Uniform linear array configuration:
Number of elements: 16
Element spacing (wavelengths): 0.25
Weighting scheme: blackman
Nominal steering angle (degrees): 15
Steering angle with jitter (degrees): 14.556
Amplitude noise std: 0.05
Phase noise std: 0.05

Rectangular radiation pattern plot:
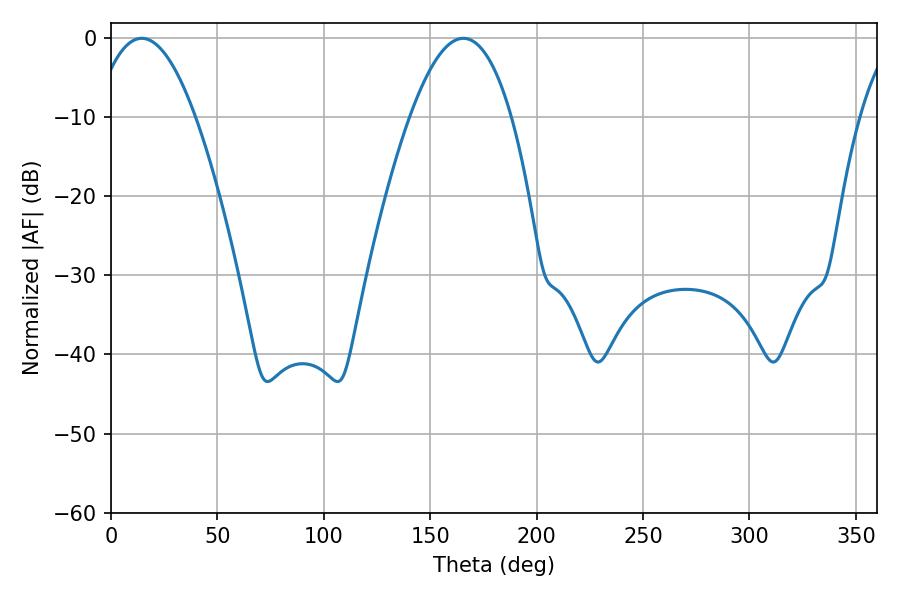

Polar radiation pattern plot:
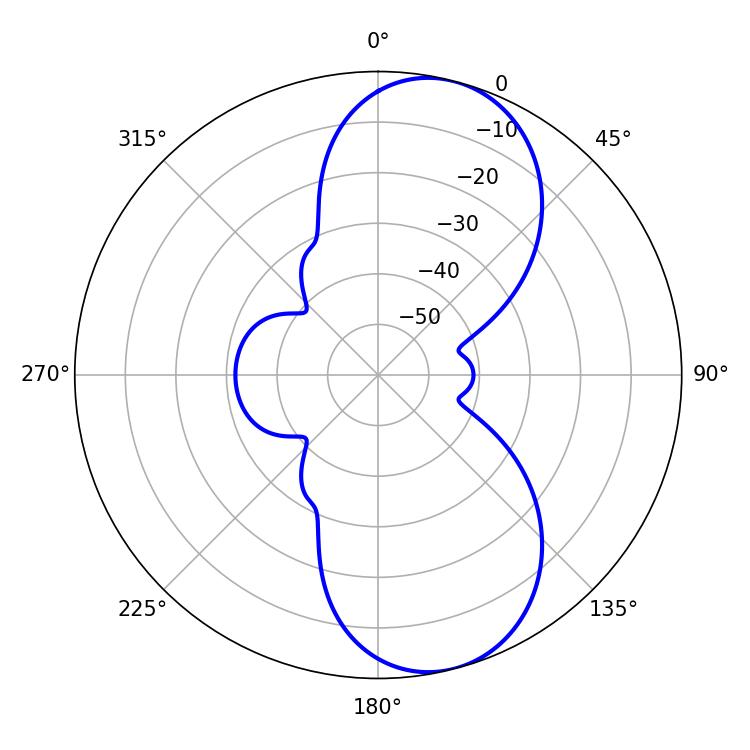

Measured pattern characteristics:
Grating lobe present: FALSE
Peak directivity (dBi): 8.981
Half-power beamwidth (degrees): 26.1
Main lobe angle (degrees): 14.4